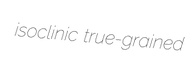
isoclinic true-grained